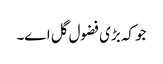
جو کہ بڑی فضول گل اے۔